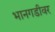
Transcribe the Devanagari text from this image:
भानगडीवर